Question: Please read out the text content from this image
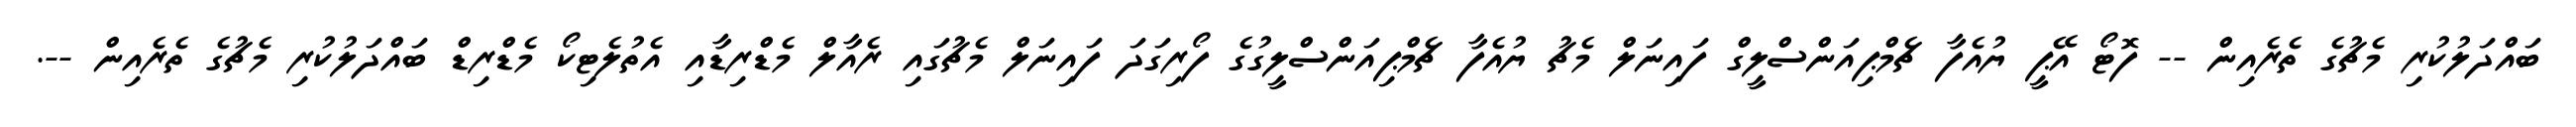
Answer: ބައްދަލުކުރި މެޗުގެ ތެރެއިން -- ފޮޓޯ އޭޕީ ޔުއެފާ ޗެމްޕިއަންސްލީގް ފައިނަލް މެޗު ޔުއެފާ ޗެމްޕިއަންސްލީގުގެ ފޯރިގަދަ ފައިނަލް މެޗުގައި ރެއާލް މެޑްރިޑާއި އެތުލެޓިކޯ މެޑްރިޑް ބައްދަލުކުރި މެޗުގެ ތެރެއިން --.